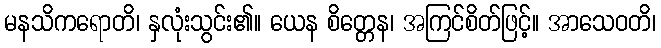
မနသိကရောတိ၊ နှလုံးသွင်း၏။ ယေန စိတ္တေန၊ အကြင်စိတ်ဖြင့်။ အာသေဝတိ၊